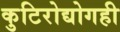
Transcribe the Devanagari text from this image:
कुटिरोद्योगही